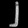
Digit: ၂